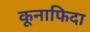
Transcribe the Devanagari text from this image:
कूनाफिदा